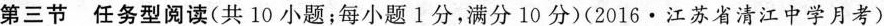
第三节 任务型阅读(共 10 小题;每小题1分,满分 10 分)(2016·江苏省清江中学月考)